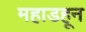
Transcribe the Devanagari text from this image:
महाडहून